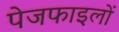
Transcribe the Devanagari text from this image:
पेजफाइलों